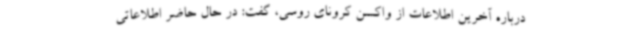
درباره آخرین اطلاعات از واکسن کرونای روسی، گفت: در حال حاضر اطلاعاتی